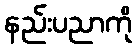
နည်းပညာကို